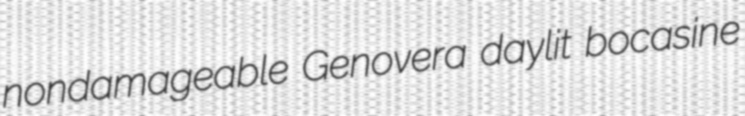
nondamageable Genovera daylit bocasine